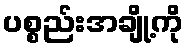
ပစ္စည်းအချို့ကို